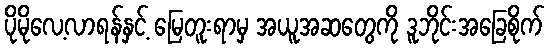
ပိုမိုလေ့လာရန်နှင့် မြေတူးရာမှ အယူအဆတွေကို ဒူဘိုင်းအခြေစိုက်